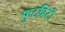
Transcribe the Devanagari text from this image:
फुटप्रिंटों